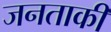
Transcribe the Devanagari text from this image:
जनताकी